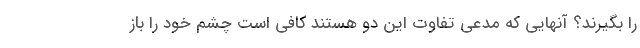
را بگیرند؟ آنهایی که مدعی تفاوت این دو هستند کافی است چشم خود را باز